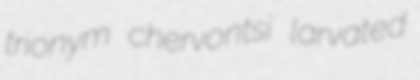
trionym chervontsi larvated